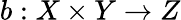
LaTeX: b:X\times Y\to Z